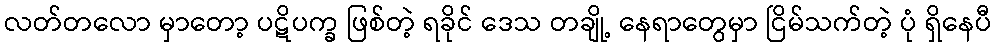
လတ်တလော မှာတော့ ပဋိပက္ခ ဖြစ်တဲ့ ရခိုင် ဒေသ တချို့ နေရာတွေမှာ ငြိမ်သက်တဲ့ ပုံ ရှိနေပီ